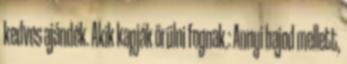
kedves ajándék. Akik kapják örülni fognak.: Annyi bajod mellett,